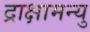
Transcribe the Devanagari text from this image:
द्राक्षामन्यु